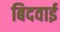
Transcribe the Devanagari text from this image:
बिदवाई